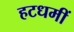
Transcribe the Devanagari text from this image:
हटधमीं